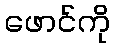
ဖောင်ကို